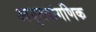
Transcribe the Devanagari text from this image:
आवृत्त्यांगणिक